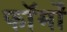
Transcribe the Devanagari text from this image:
फाॅर्मों